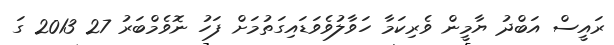
ރައީސް އަބްދު ޔާމީން ވެރިކަމާ ހަވާލުވެވަޑައިގަތުމަށް ފަހު ނޮވެމްބަރު 27 2013 ގަ